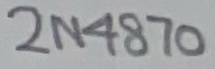
Text: 2N4870